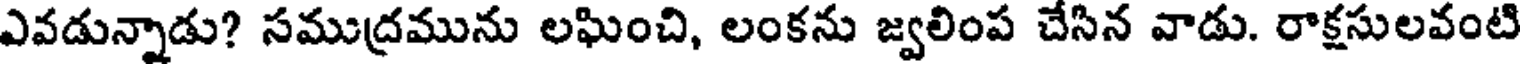
ఎవడున్నాడు? సముద్రమును లఘించి, లంకను జ్వలింప చేసిన వాడు. రాక్షసులవంటి